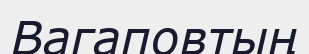
Вагаповтың